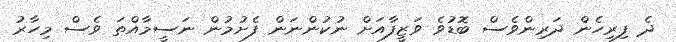
ދެ ފިރިހެން ދަރިންވެސް ބޮޑުވެ ވަޒީފާއަށް ނުކުންނަން ފެށުމުން ނަސީމާއްތަ ވެސް މިހާރު